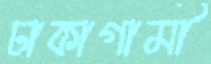
ঢাকাগামী